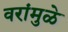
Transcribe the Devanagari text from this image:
वरांमुळे